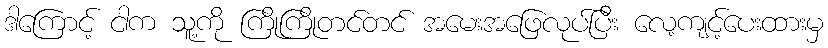
ဒါကြောင့် ငါက သူ့ကို ကြိုကြိုတင်တင် အမေးအဖြေလုပ်ပြီး လေ့ကျင့်ပေးထားမှ